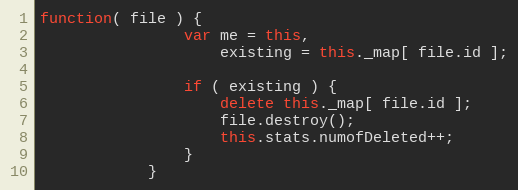
Language: JavaScript
function( file ) {
                var me = this,
                    existing = this._map[ file.id ];

                if ( existing ) {
                    delete this._map[ file.id ];
                    file.destroy();
                    this.stats.numofDeleted++;
                }
            }